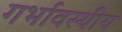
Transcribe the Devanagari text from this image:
गर्भावस्थीय